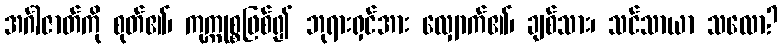
အင်္ဂါဇာတ်ကို စုတ်၏၊ ကုက္ကုစ္စဖြစ်၍ ဘုရားရှင်အား လျှောက်၏၊ ချစ်သား၊ သင်သာယာ သလော?